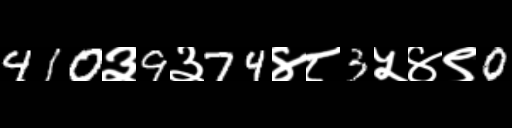
Text: 410३9३74४८3५४९0